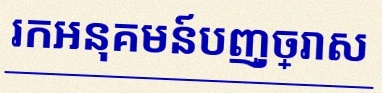
រកអនុគមន៍បញ្ច្រាស